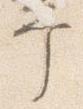
幸